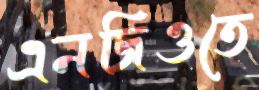
এনজিওতে